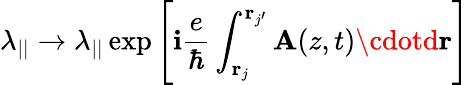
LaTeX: \lambda_{||}\to\lambda_{||}\exp\left[\mathbf{i}\frac{{e}}{{\hbar}}\int_{{\mathbf{r}}_{j}}^{{\mathbf{r}}_{j^{\prime}}}{\mathbf{A}}(z,t)\cdotd{\mathbf{r}}\right]